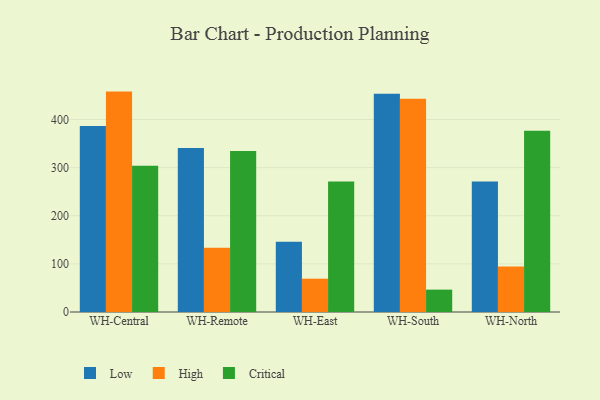
{"axis": {"x": "Warehouse", "y": "Operating Costs (USD K)"}, "legend": ["Critical", "High", "Low"], "data": [{"x": "WH-Central", "y": 386.3, "type": "Low"}, {"x": "WH-Central", "y": 458.0, "type": "High"}, {"x": "WH-Central", "y": 303.7, "type": "Critical"}, {"x": "WH-Remote", "y": 340.9, "type": "Low"}, {"x": "WH-Remote", "y": 133.3, "type": "High"}, {"x": "WH-Remote", "y": 334.8, "type": "Critical"}, {"x": "WH-East", "y": 145.9, "type": "Low"}, {"x": "WH-East", "y": 69.2, "type": "High"}, {"x": "WH-East", "y": 271.2, "type": "Critical"}, {"x": "WH-South", "y": 453.6, "type": "Low"}, {"x": "WH-South", "y": 443.3, "type": "High"}, {"x": "WH-South", "y": 46.5, "type": "Critical"}, {"x": "WH-North", "y": 271.3, "type": "Low"}, {"x": "WH-North", "y": 94.7, "type": "High"}, {"x": "WH-North", "y": 376.8, "type": "Critical"}]}